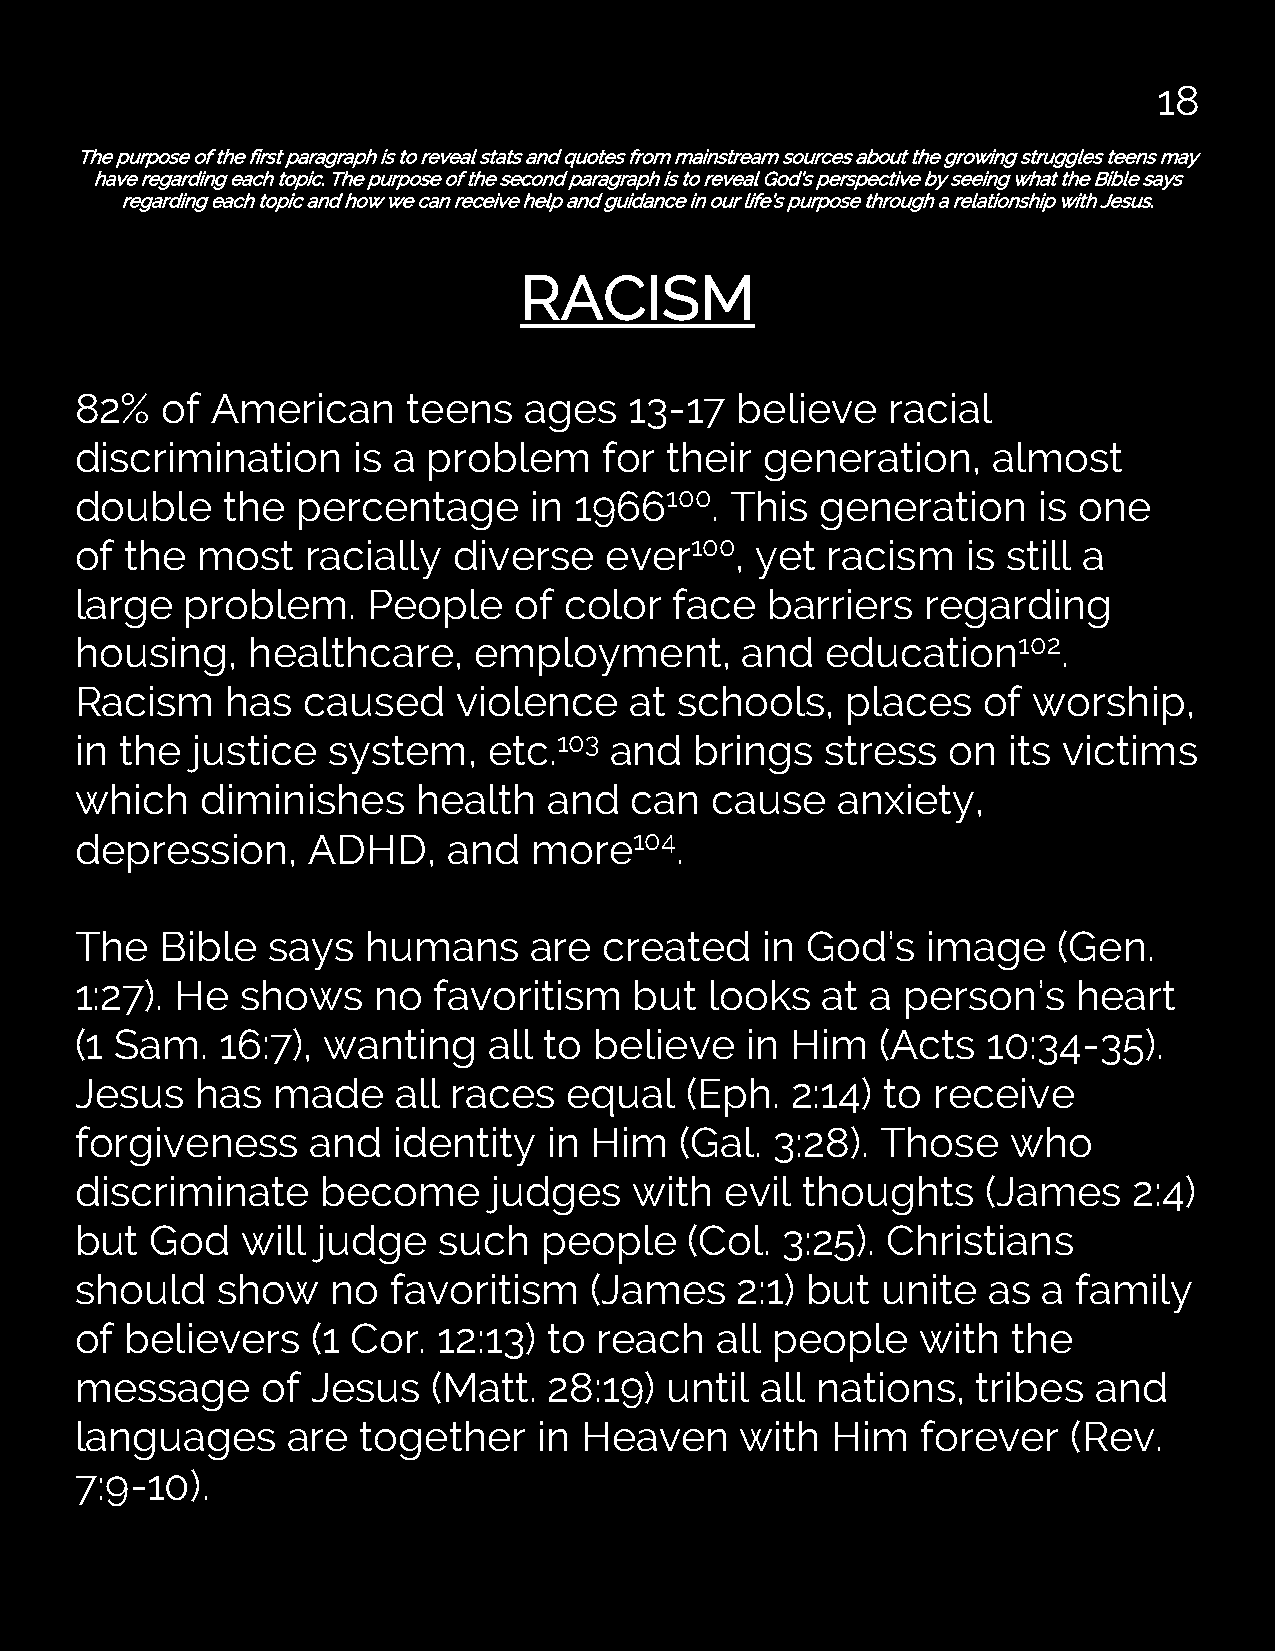
18
 The purpose of the first paragraph is to reveal stats and quotes from mainstream sources about the growing struggles teens may
 have regarding each topic. The purpose of the second paragraph is to reveal God’s perspective by seeing what the Bible says
 regarding each topic and how we can receive help and guidance in our life’s purpose through a relationship with Jesus.
 RACISM
 82%   of American     teens   ages   13-17  believe   racial
 discrimination    is a problem     for their  generation,    almost
 double    the  percentage     in 1966100.  This  generation     is one
 of the  most   racially  diverse   ever100,  yet  racism   is still a
 large  problem.    People    of color   face  barriers  regarding
 housing,   healthcare,    employment,       and   education102.
 Racism    has  caused    violence    at schools,   places   of worship,
 in the  justice  system,   etc.103 and   brings   stress  on  its victims
 which   diminishes     health  and   can  cause   anxiety,
 depression,    ADHD,     and  more104.
 The   Bible  says  humans     are  created   in God’s   image    (Gen.
 1:27). He  shows    no  favoritism   but  looks  at  a person’s   heart
 (1 Sam.   16:7), wanting   all to believe   in Him   (Acts  10:34-35).
 Jesus   has  made    all races   equal  (Eph.  2:14) to  receive
 forgiveness     and  identity  in Him   (Gal. 3:28). Those    who
 discriminate    become      judges   with  evil thoughts    (James    2:4)
 but  God   will judge   such   people    (Col. 3:25). Christians
 should   show    no  favoritism   (James    2:1) but unite  as  a family
 of believers    (1 Cor. 12:13) to reach   all people    with  the
 message     of  Jesus   (Matt. 28:19)  until all nations,   tribes and
 languages     are  together    in Heaven    with  Him   forever   (Rev.
 7:9-10).